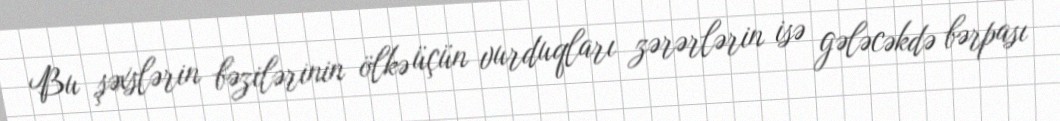
Bu şəxslərin bəzilərinin ölkə üçün vurduqları zərərlərin isə gələcəkdə bərpası